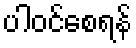
ပါဝင်စေရန်